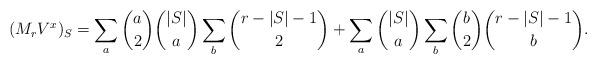
LaTeX: \begin{align*}(M_r{V}^x)_S = \sum_a \binom{a}{2}\binom{|S|}{a} \sum_b \binom{r-|S|-1}{2}+\sum_a \binom{|S|}{a} \sum_b \binom{b}{2}\binom{r-|S|-1}{b}. \end{align*}